Indian journal of veterinary science and animal husbandry - Volume 12,
Year: 1942
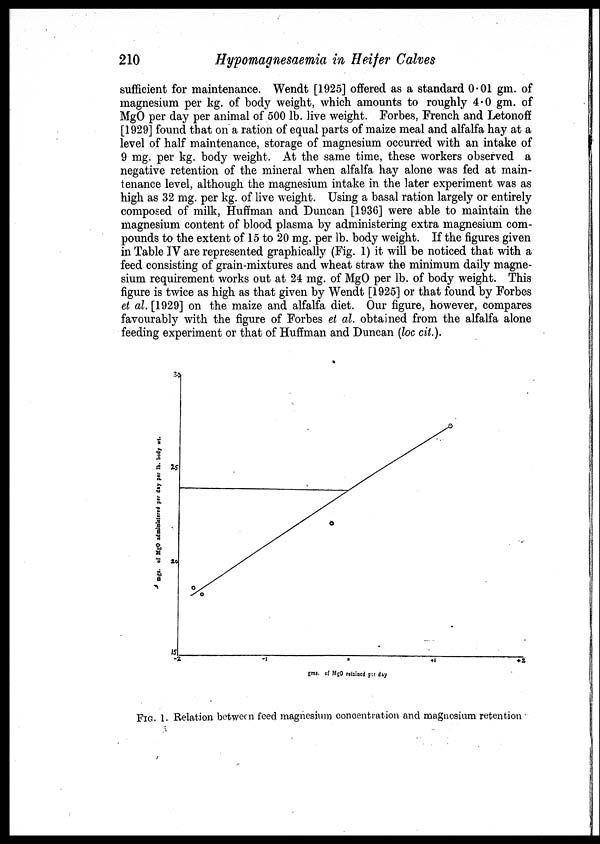
210
Hypomagnesaemia in Heifer Calves
sufficient for maintenance. Wendt [1925] offered as a standard 0.01 gm. of
magnesium per kg. of body weight, which amounts to roughly 4.0 gm. of
MgO per day per animal of 500 lb. live weight. Forbes, French and Letonoff
[1929] found that on a ration of equal parts of maize meal and alfalfa hay at a
level of half maintenance, storage of magnesium occurred with an intake of
9 mg. per kg. body weight. At the same time, these workers observed a
negative retention of the mineral when alfalfa hay alone was fed at main-
tenance level, although the magnesium intake in the later experiment was as
high as 32 mg. per kg. of live weight. Using a basal ration largely or entirely
composed of milk, Huffman and Duncan [1936] were able to maintain the
magnesium content of blood plasma by administering extra magnesium com-
pounds to the extent of 15 to 20 mg. per lb. body weight. If the figures given
in Table IV are represented graphically (Fig. 1) it will be noticed that with a
feed consisting of grain-mixtures and wheat straw the minimum daily magne-
sium requirement works out at 24 mg. of MgO per lb. of body weight. This
figure is twice as high as that given by Wendt [1925] or that found by Forbes
et al. [1929] on the maize and alfalfa diet. Our figure, however, compares
favourably with the figure of Forbes et al. obtained from the alfalfa alone
feeding experiment or that of Huffman and Duncan (loc cit.).
FIG. 1. Relation between feed magnesium concentration and magnesium retention